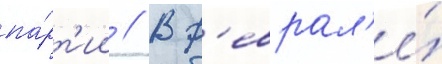
па́рт'ии // В ф'еврал'е́